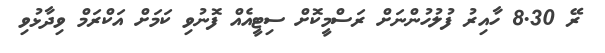
ރޭ 8.30 ހާއިރު ފުލުހުންނަށް ރަސްމީކޮށް ސިޓީއެއް ފޮނުވި ކަމަށް އަކްރަމް ވިދާޅުވި